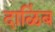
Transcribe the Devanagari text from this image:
दाळिंब